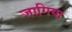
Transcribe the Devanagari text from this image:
जागिया